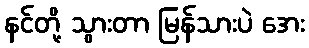
နင်တို့ သွားတာ မြန်သားပဲ အေး